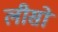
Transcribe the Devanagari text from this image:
लीसो